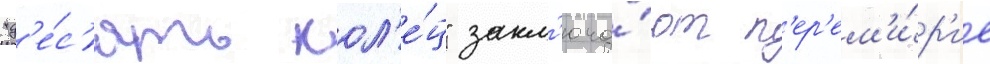
"д'е́с'ять кол'е́ц" закл'юча́ют п'ер'ем'и́р'ие